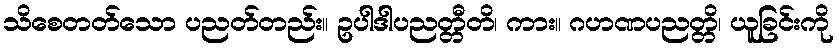
သိစေတတ်သော ပညတ်တည်း။ ဥပါဒါပညတ္တီတိ၊ ကား။ ဂဟဏပညတ္တိ၊ ယူခြင်းကို